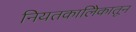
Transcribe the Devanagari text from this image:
नियतकालिेकातून